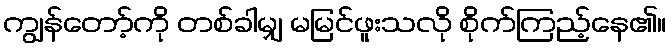
ကျွန်တော့်ကို တစ်ခါမျှ မမြင်ဖူးသလို စိုက်ကြည့်နေ၏။